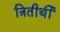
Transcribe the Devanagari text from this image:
त्रितीर्थी